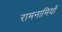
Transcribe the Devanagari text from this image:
रामनामियों